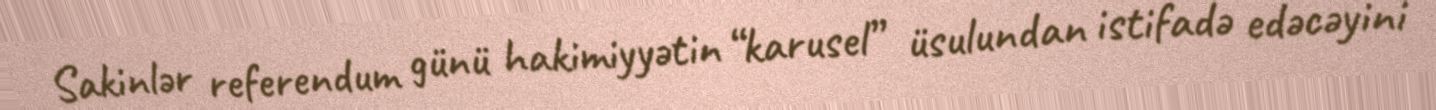
Sakinlər referendum günü hakimiyyətin “karusel” üsulundan istifadə edəcəyini